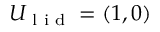
U _ { \textrm { l i d } } = ( 1 , 0 )